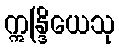
ဣန္ဒြိယေသု